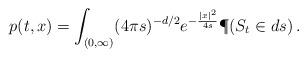
LaTeX: \begin{align*} p(t,x)=\int_{(0,\infty)}(4\pi s)^{-d/2}e^{-\frac{|x|^2}{4s}}\P(S_t\in ds)\,.\end{align*}